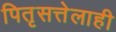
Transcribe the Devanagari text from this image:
पितृसत्तेलाही